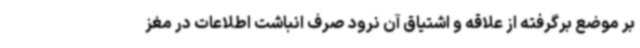
بر موضع برگرفته از علاقه و اشتیاق آن نرود صرف انباشت اطلاعات در مغز